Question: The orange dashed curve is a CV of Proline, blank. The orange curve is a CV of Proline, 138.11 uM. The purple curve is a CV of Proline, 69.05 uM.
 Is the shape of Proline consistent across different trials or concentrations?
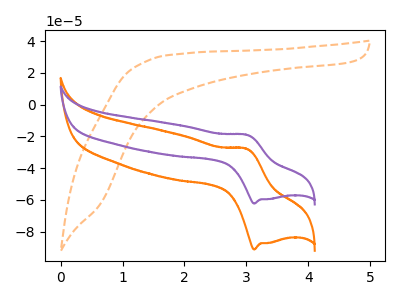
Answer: <think>The orange dashed curve "Proline, blank" has no peaks. The orange curve "Proline, 138.11 uM" has an anodic peak at (3.00V, -27.75uA) and a cathodic peak at (3.15V, -91.10uA). The purple curve "Proline, 69.05 uM" has an anodic peak at (3.00V, -18.95uA) and a cathodic peak at (3.15V, -62.25uA).
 "Proline, blank" and "Proline, 138.11 uM" have a different number of peaks. "Proline, blank" and "Proline, 69.05 uM" have a different number of peaks. All the peaks in "Proline, 138.11 uM" have a peak in "Proline, 69.05 uM" at the same potential.</think>
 <answer>All the CV's of "Proline" have similar shape.</answer>
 <eval>follow_rule</eval>